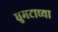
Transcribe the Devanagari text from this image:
घुमटाच्या